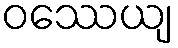
ဝဿေယျ